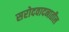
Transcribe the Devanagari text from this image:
सरोदवादनातील